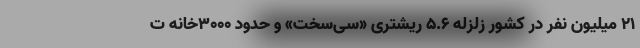
۲۱ میلیون نفر در کشور زلزله ۵.۶ ریشتری «سی‌سخت» و حدود ۳۰۰۰خانه ت